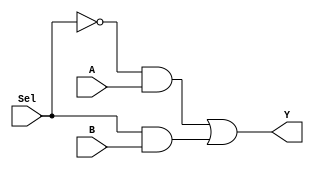
/*
	2 to 1 multiplexer using AND, OR & NOT gate
	output Y= (A and ~Sel) or (Sel and B)
	number of gate 4 */
	
module mux_2_1 (A,B,Sel,Y);

output Y;
input A;
input B;
input Sel;


wire w1,w2,w3,w4;

not G1 (w1,Sel);
and G2 (w2,w1,A);
and G3 (w3,Sel,B);
or G4 (Y,w2,w3);

endmodule